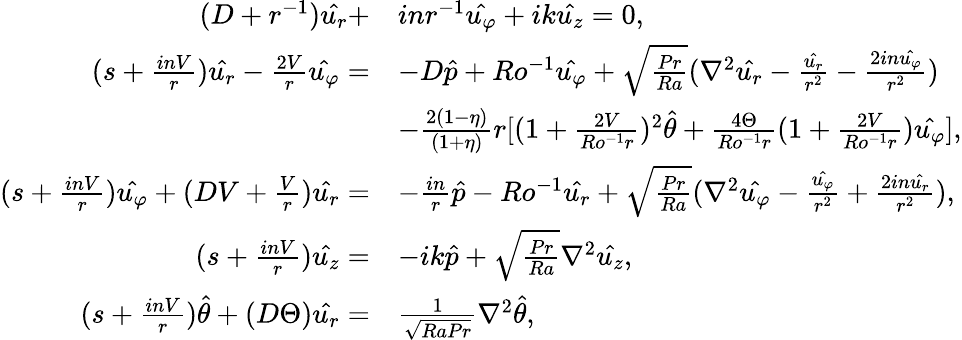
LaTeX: \begin{array}{rl}{(D+r^{-1})\hat{u_{r}}+}&{inr^{-1}\hat{u_{\varphi}}+ik\hat{u_{z}}=0,}\\ {(s+\frac{inV}{r})\hat{u_{r}}-\frac{2V}{r}\hat{u_{\varphi}}=}&{-D\hat{p}+Ro^{-1}\hat{u_{\varphi}}+\sqrt{\frac{Pr}{Ra}}(\nabla^{2}\hat{u_{r}}-\frac{\hat{u_{r}}}{r^{2}}-\frac{2in\hat{u_{\varphi}}}{r^{2}})}\\ &{-\frac{2(1-\eta)}{(1+\eta)}r[(1+\frac{2V}{Ro^{-1}r})^{2}\hat{\theta}+\frac{4\Theta}{Ro^{-1}r}(1+\frac{2V}{Ro^{-1}r})\hat{u_{\varphi}}],}\\ {(s+\frac{inV}{r})\hat{u_{\varphi}}+(DV+\frac{V}{r})\hat{u_{r}}=}&{-\frac{in}{r}\hat{p}-Ro^{-1}\hat{u_{r}}+\sqrt{\frac{Pr}{Ra}}(\nabla^{2}\hat{u_{\varphi}}-\frac{\hat{u_{\varphi}}}{r^{2}}+\frac{2in\hat{u_{r}}}{r^{2}}),}\\ {(s+\frac{inV}{r})\hat{u_{z}}=}&{-ik\hat{p}+\sqrt{\frac{Pr}{Ra}}\nabla^{2}\hat{u_{z}},}\\ {(s+\frac{inV}{r})\hat{\theta}+(D\Theta)\hat{u_{r}}=}&{\frac{1}{\sqrt{RaPr}}\nabla^{2}\hat{\theta},}\end{array}